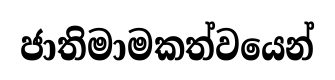
ජාතිමාමකත්වයෙන්